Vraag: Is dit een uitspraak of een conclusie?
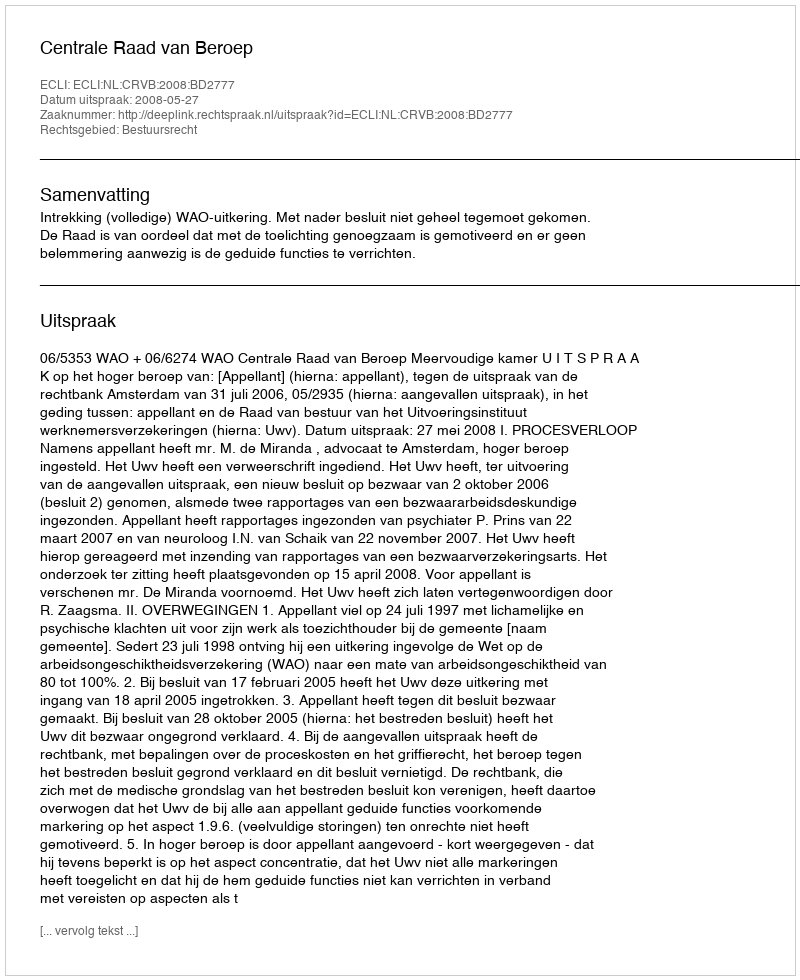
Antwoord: Uitspraak